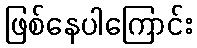
ဖြစ်နေပါကြောင်း